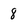
Character: 8